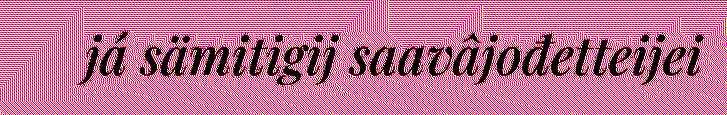
já sämitigij saavâjođetteijei